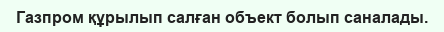
Газпром құрылып салған объект болып саналады.